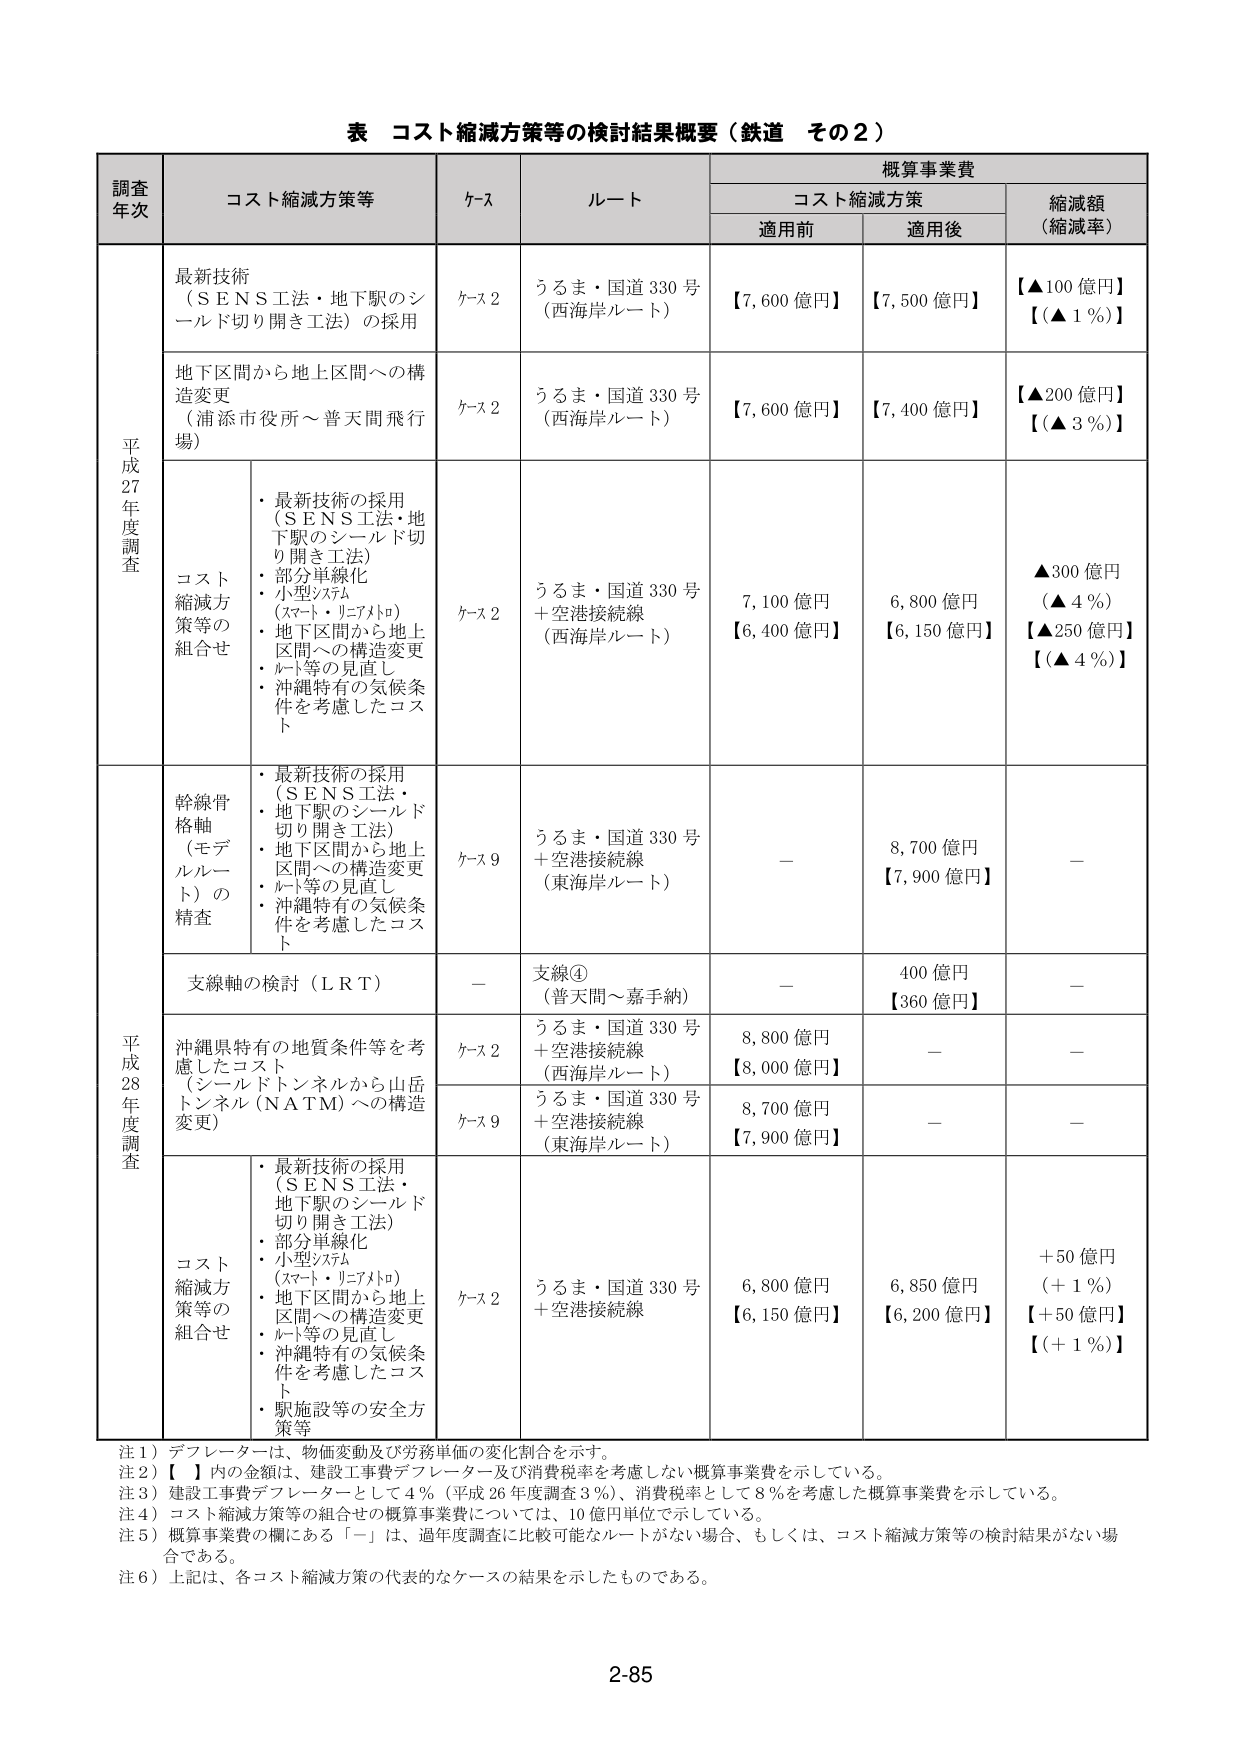
表 コスト縮減方策等の検討結果概要（鉄道 その2）

調査年次	コスト縮減方策等	ケース	ルート	概算事業費		縮減額（縮減率）
		コスト縮減方策		適用前	適用後

平成27年度調査	最新技術（ＳＥＮＳ工法・地下駅のシールド切り開き工法）の採用	ケース2	うるま・国道330号（西海岸ルート）	【7,600億円】	【7,500億円】	【▲100億円】【（▲1％）】

	地下区間から地上区間への構造変更（浦添市役所～普天間飛行場）	ケース2	うるま・国道330号（西海岸ルート）	【7,600億円】	【7,400億円】	【▲200億円】【（▲3％）】

	コスト縮減方策等の組合せ	・最新技術の採用（ＳＥＮＳ工法・地下駅のシールド切り開き工法）・部分単線化（小型システム（スマート・リニアトロ））・地下区間から地上区間への構造変更・ルート等の見直し・沖縄特有の気候条件を考慮したコスト	ケース2	うるま・国道330号＋空港接続線（西海岸ルート）	7,100億円【6,400億円】	6,800億円【6,150億円】	▲300億円（▲4％）【▲250億円】【（▲4％）】

平成28年度調査	幹線骨格軸（モデルルート）の精査	・最新技術の採用（ＳＥＮＳ工法・地下駅のシールド切り開き工法）・地下区間から地上区間への構造変更・ルート等の見直し・沖縄特有の気候条件を考慮したコスト	ケース9	うるま・国道330号＋空港接続線（東海岸ルート）	－	8,700億円【7,900億円】	－

	支線軸の検討（ＬＲＴ）	－	支線④（普天間～嘉手納）	－	400億円【360億円】	－

	沖縄県特有の地質条件等を考慮したコスト（シールドトンネルから山岳トンネル（ＮＡＴＭ）への構造変更）	ケース2	うるま・国道330号＋空港接続線（西海岸ルート）	8,800億円【8,000億円】	－	－

		ケース9	うるま・国道330号＋空港接続線（東海岸ルート）	8,700億円【7,900億円】	－	－

	コスト縮減方策等の組合せ	・最新技術の採用（ＳＥＮＳ工法・地下駅のシールド切り開き工法）・部分単線化（小型システム（スマート・リニアトロ））・地下区間から地上区間への構造変更・ルート等の見直し・沖縄特有の気候条件を考慮したコスト・駅施設等の安全方策等	ケース2	うるま・国道330号＋空港接続線	6,800億円【6,150億円】	6,850億円【6,200億円】	＋50億円（＋1％）【＋50億円】【（＋1％）】

注1）デフレーターは、物価変動及び労務単価の変化割合を示す。
注2）【 】内の金額は、建設工事費デフレーター及び消費税率を考慮しない概算事業費を示している。
注3）建設工事費デフレーターとして4％（平成26年度調査3％）、消費税率として8％を考慮した概算事業費を示している。
注4）コスト縮減方策等の組合せの概算事業費については、10億円単位で示している。
注5）概算事業費の欄にある「－」は、過年度調査に比較可能なルートがない場合、もしくは、コスト縮減方策等の検討結果がない場合である。
注6）上記は、各コスト縮減方策の代表的なケースの結果を示したものである。

2-85